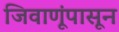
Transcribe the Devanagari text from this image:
जिवाणूंपासून